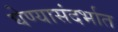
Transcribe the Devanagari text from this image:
घेण्यासंदर्भात